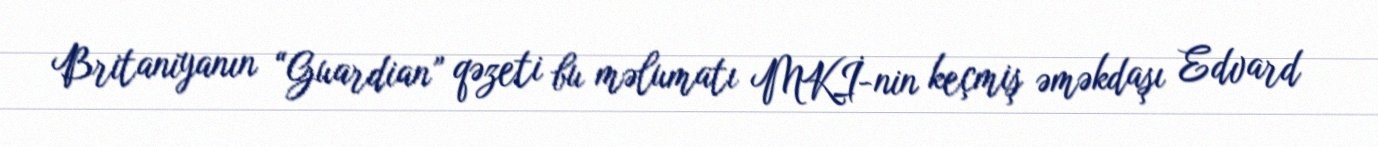
Britaniyanın “Guardian” qəzeti bu məlumatı MKİ-nin keçmiş əməkdaşı Edvard